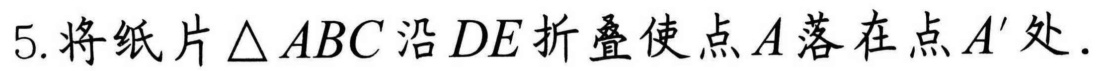
5.将纸片$\triangle ABC$沿$DE$折叠使点$A$落在点$A'$处.